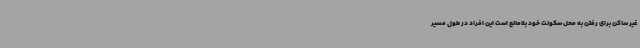
غیر ساکن برای رفتن به محل سکونت خود بلامانع است این افراد در طول مسیر